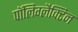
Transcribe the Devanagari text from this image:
पॉलिग्लैक्टिन